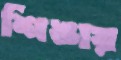
শিঙায়